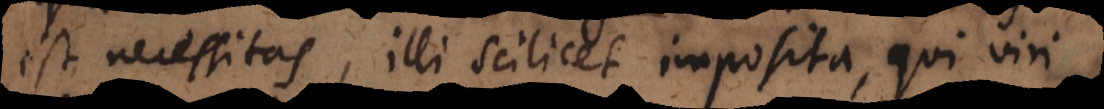
est necessitas, illi scilicet imposita, qui viri